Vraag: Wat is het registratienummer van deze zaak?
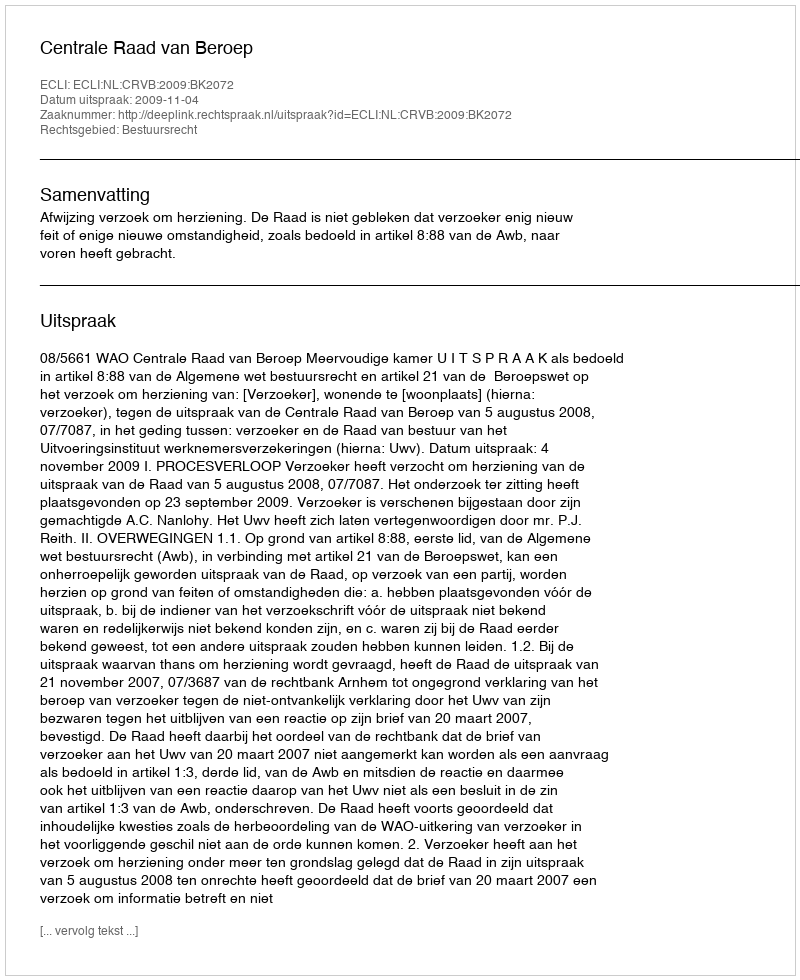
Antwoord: http://deeplink.rechtspraak.nl/uitspraak?id=ECLI:NL:CRVB:2009:BK2072